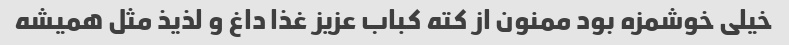
خیلی خوشمزه بود ممنون از کته کباب عزیز غذا داغ و لذیذ مثل همیشه